Annual report of the Civil Veterinary Department, Bengal, and of the Bengal Veterinary College, for the year 1900-1901 - 1900-1901
Year: 1900
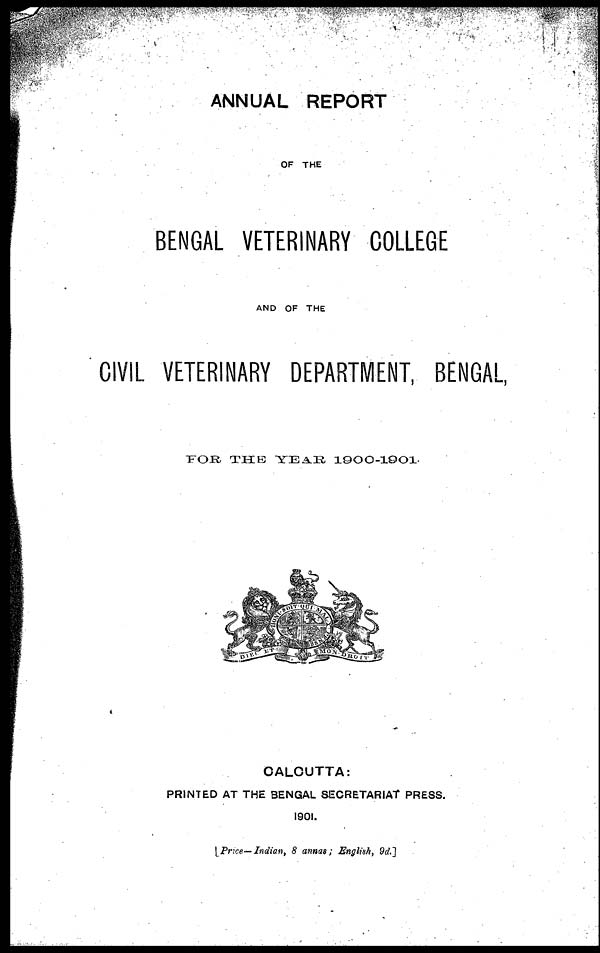
ANNUAL REPORT
OF THE
BENGAL VETERINARY COLLEGE
AND OF THE
CIVIL VETERINARY DEPARTMENT, BENGAL,
FOR
THE YEAR 1900-1901.
CALCUTTA:
PRINTED AT THE BENGAL SECRETARIAT PRESS.
1901.
[_Price— Indian, 8 annas; English, 9d.]